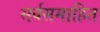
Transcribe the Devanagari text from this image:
सर्वसमाहित